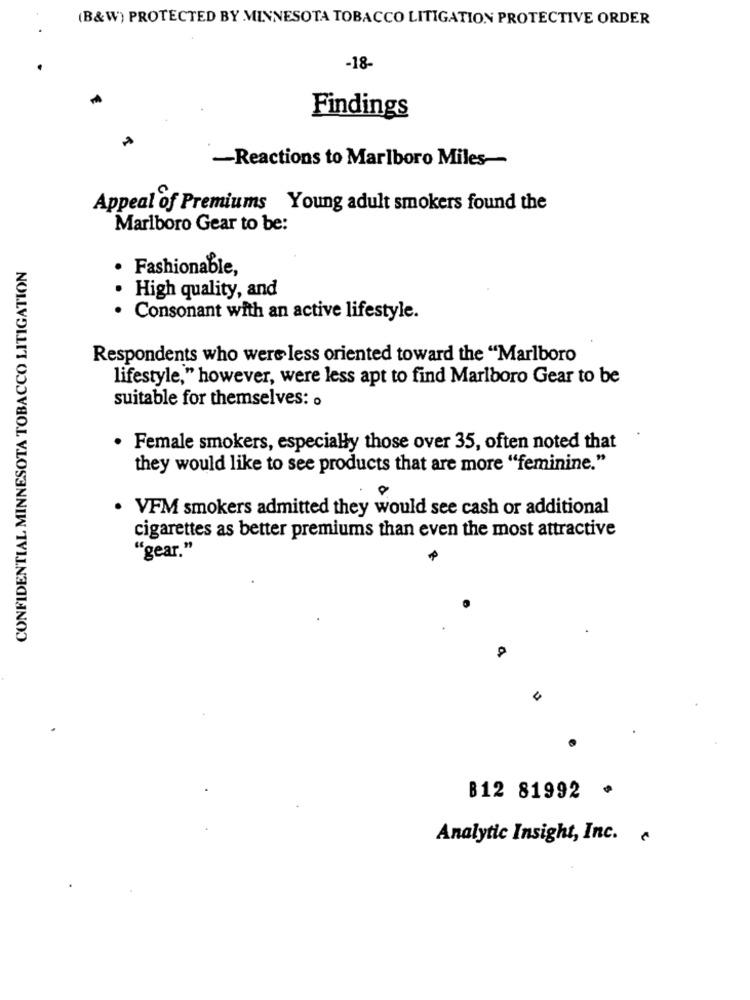
(B&W) PROTECTED BY MINNESOTA TOBACCO LITIGATION PROTECTIVE ORDER
-18-
Findings
-Reactions to Marlboro Miles-
Appeal of Premiums Young adult smokers found the
Marlboro Gear to be:
CONFIDENTIAL MINNESOTA TOBACCO LITIGATION
· Fashionable,
High quality, and
· Consonant with an active lifestyle.
Respondents who were less oriented toward the "Marlboro
lifestyle," however, were less apt to find Marlboro Gear to be
suitable for themselves: o
· Female smokers, especially those over 35, often noted that
they would like to see products that are more "feminine."
. VFM smokers admitted they would see cash or additional
cigarettes as better premiums than even the most attractive
"gear."
B12 81992
Analytic Insight, Inc.